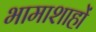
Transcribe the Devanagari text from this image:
भामाशाहों